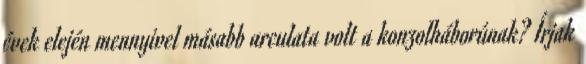
évek elején mennyivel másabb arculata volt a konzolháborúnak? Írjak